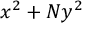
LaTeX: x ^ { 2 } + N y ^ { 2 }